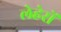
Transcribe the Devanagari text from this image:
लेहेरों